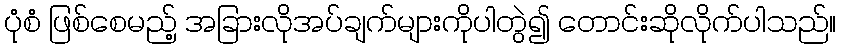
ပုံစံ ဖြစ်စေမည့် အခြားလိုအပ်ချက်များကိုပါတွဲ၍ တောင်းဆိုလိုက်ပါသည်။